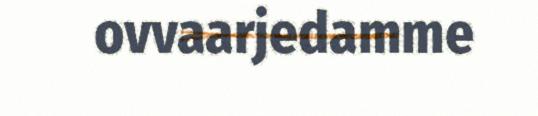
ovvaarjedamme